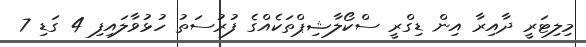
މިލިޓަރީ ދާއިރާ އިން ޑިގްރީ ސްކޯލާޝިޕްތަކެއްގެ ފުރުސަތު ހުޅުވާލައިފި 4 ގަޑި 7